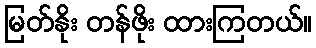
မြတ်နိုး တန်ဖိုး ထားကြတယ်။